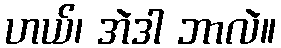
ဟယ်၊ အဲဒါ ဘာလဲ။